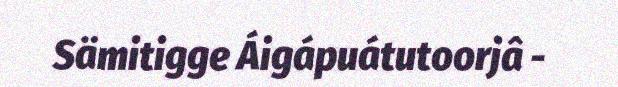
Sämitigge Áigápuátutoorjâ -